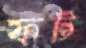
ফট